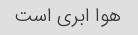
هوا ابری است